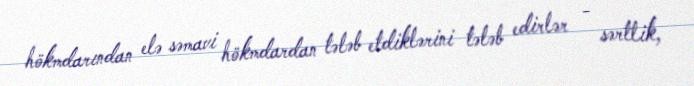
hökmdarından elə səmavi hökmdardan tələb etdiklərini tələb edirlər - sərtlik,